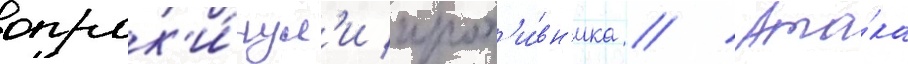
опрок'и́нул'и прот'и́вн'ика // Ата́ка